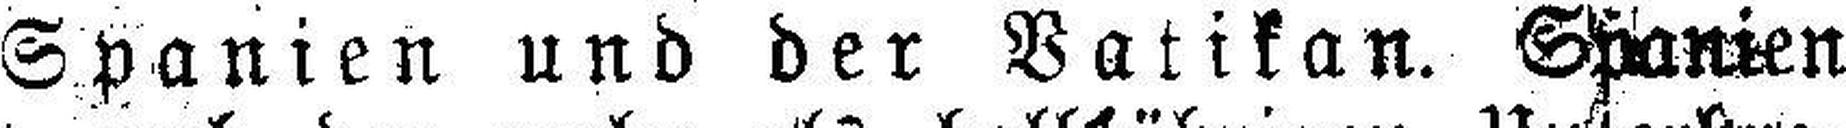
Spanien und der Vatikan. Spanien